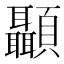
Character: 顳